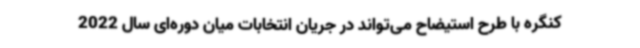
کنگره با طرح استیضاح می‌تواند در جریان انتخابات میان دوره‌ای سال 2022